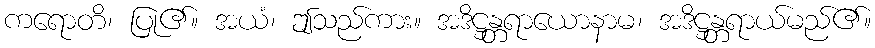
ကရောတိ၊ ပြု၏။ အယံ၊ ဤသည်ကား။ အဒိဋ္ဌန္တရာယောနာမ၊ အဒိဋ္ဌန္တရာယ်မည်၏။